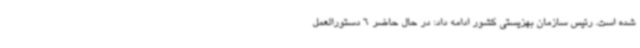
شده است. رئیس سازمان بهزیستی کشور ادامه داد: در حال حاضر 6 دستورالعمل